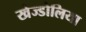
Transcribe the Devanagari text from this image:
खेज्डोलिया